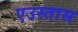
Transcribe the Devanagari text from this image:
एउस्तास